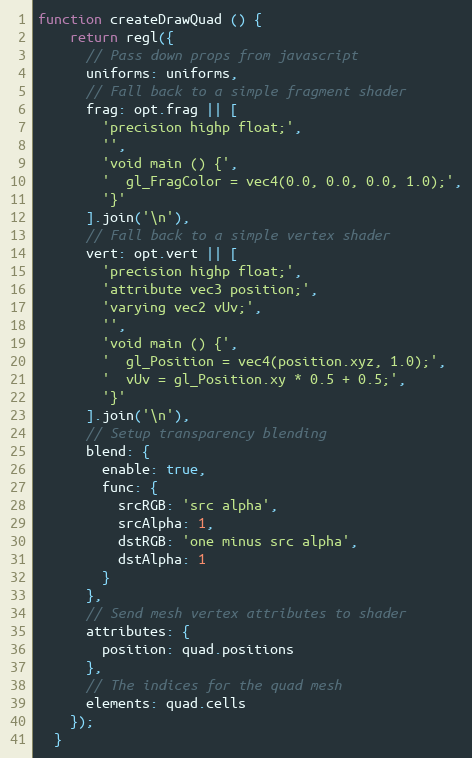
Language: JavaScript
function createDrawQuad () {
    return regl({
      // Pass down props from javascript
      uniforms: uniforms,
      // Fall back to a simple fragment shader
      frag: opt.frag || [
        'precision highp float;',
        '',
        'void main () {',
        '  gl_FragColor = vec4(0.0, 0.0, 0.0, 1.0);',
        '}'
      ].join('\n'),
      // Fall back to a simple vertex shader
      vert: opt.vert || [
        'precision highp float;',
        'attribute vec3 position;',
        'varying vec2 vUv;',
        '',
        'void main () {',
        '  gl_Position = vec4(position.xyz, 1.0);',
        '  vUv = gl_Position.xy * 0.5 + 0.5;',
        '}'
      ].join('\n'),
      // Setup transparency blending
      blend: {
        enable: true,
        func: {
          srcRGB: 'src alpha',
          srcAlpha: 1,
          dstRGB: 'one minus src alpha',
          dstAlpha: 1
        }
      },
      // Send mesh vertex attributes to shader
      attributes: {
        position: quad.positions
      },
      // The indices for the quad mesh
      elements: quad.cells
    });
  }